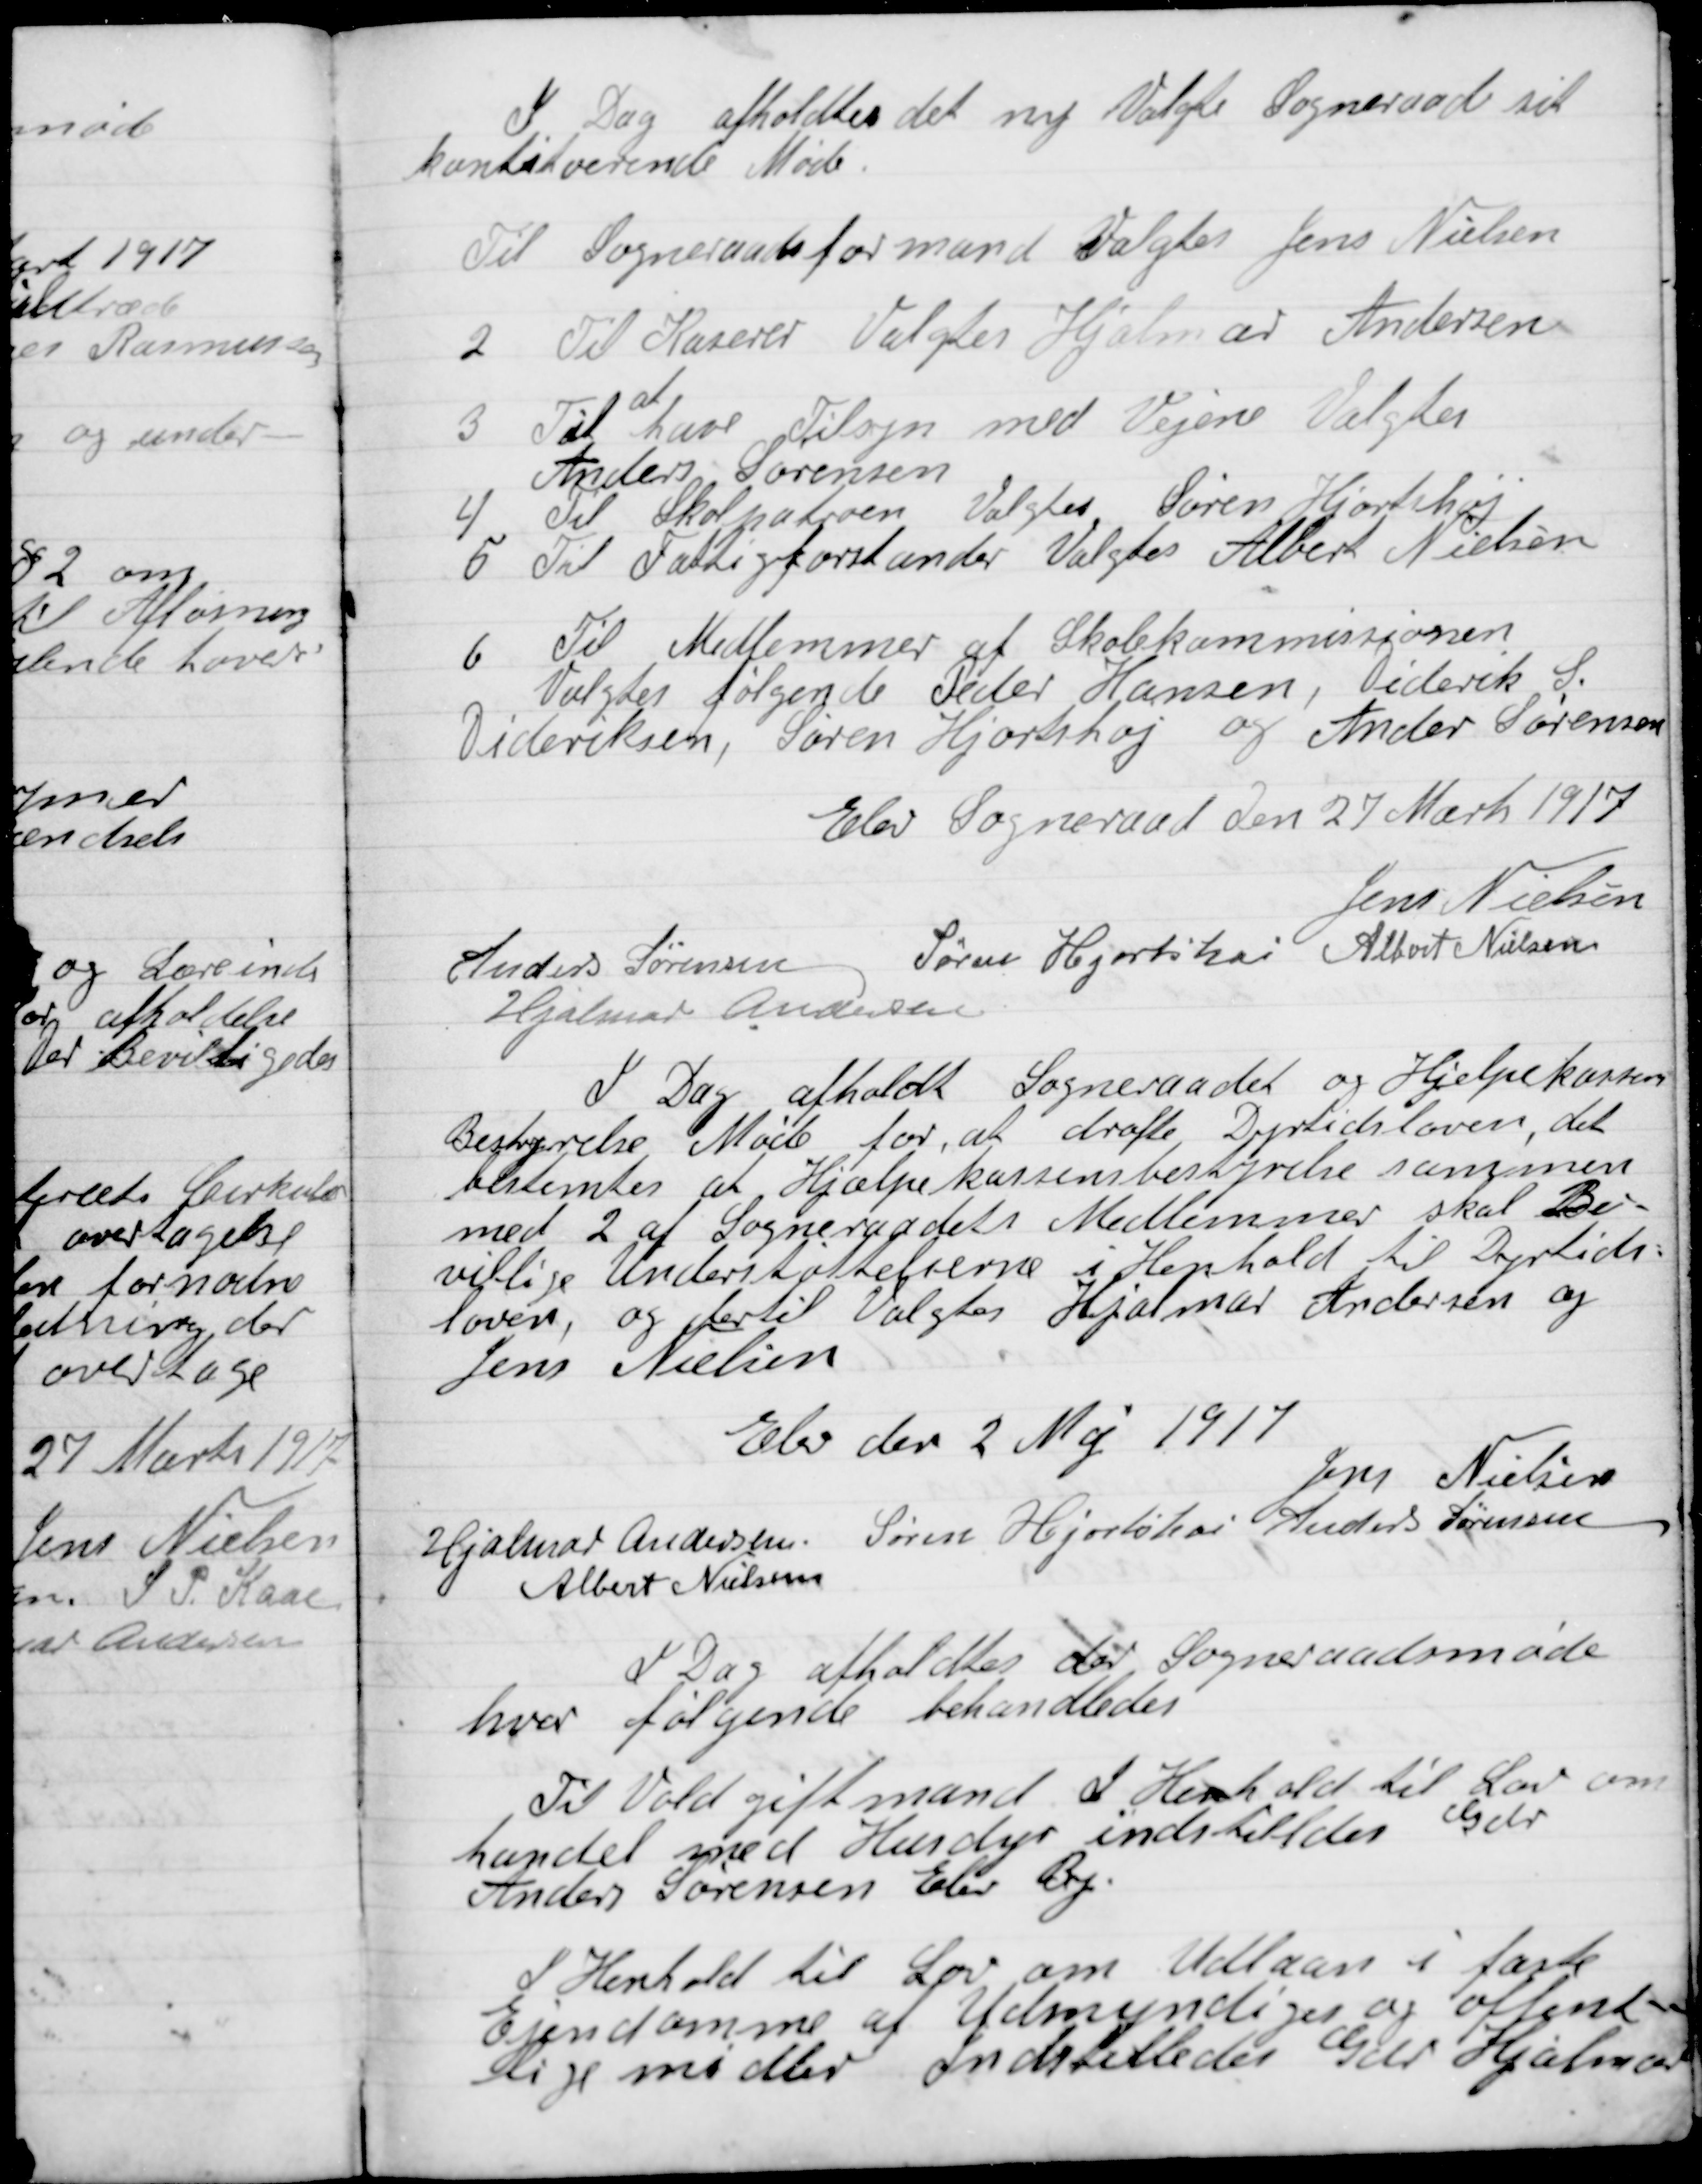
Transskription:
I Dag afholdtes det nye Valgte Sogneraad sit
konstituerede Møde.

Til Sogneraadsformand Valgtes Jens Nielsen

2

Til Kasserer Valgtes Hjalmar Andersen

3

Til
at
have Tilsyn med Vejene Valgtes
Anders Sørensen

4

Til Skolepatron valgtes Søren Hjortshøj

5

Til Fattigforstander Valgtes Albert Nielsen

6

Til Medlemmer for Skolekommissionen
Valgtes følgende Peder Hansen, Diderik S.
Dideriksen, Søren Hjortshøj og Anders Sørensen

Elev Sogneraad den 27 Marts 1917

Jens Nielsen
Anders Sørensen
Søren Hjortshøi
Albert Nielsen
Hjalmar Andersen

I Dag afholdtes der Sogneraadet og Hjelpekassen
Bestyrelses Møde for at drøfte Dyrtidsloven, det
bestemtes at Hjælpeklassens  bestyrelse sammen
med 2 af Sogneraadetets Medlemmer skal Be-
vilige Understøttelserne i Henhold til Dyrtids-
loven, og dertil Valgtes Hjalmar Andersen og
Jens Nielsen.

Elev den 2 Maj 1917

Jens Nielsen
Hjalmar Andersen
Søren Hjortshøi
Anders Sørensen
Albert Nielsen

I Dag afholdtes der Sogneraadsmøde
hvor følgende Behandledes

Til Voldgiftsmand I Henhold til Lov om
handel med Husdyr indstilledes Gdr.
Anders Sørensen Elev By.

I Henhold til Lov om Udlaan i fast
Ejendomme af Umyndiges og offent-
lige midler indstilledes Gdr. Hjalmar